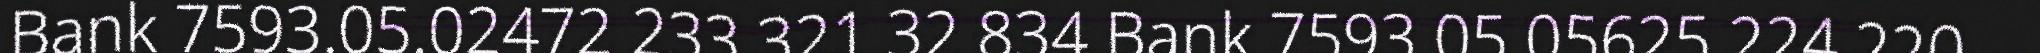
Bank 7593.05.02472 233.321 32 834 Bank 7593 05 05625 224 220